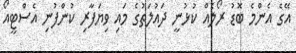
އޭގެ އެންމެ ބޮޑު ރޯލެއް ކުޅުނީ ދައުލަތުގެ މައި ވިޔަފާރި ކުންފުނި އެސްޓީއޯ